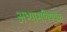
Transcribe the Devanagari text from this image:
अभ्यासविषयक